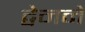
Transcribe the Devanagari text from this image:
ट्वेनने